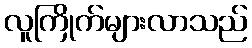
လူကြိုက်များလာသည်